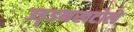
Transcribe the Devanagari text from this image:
उड़्डनखटोले